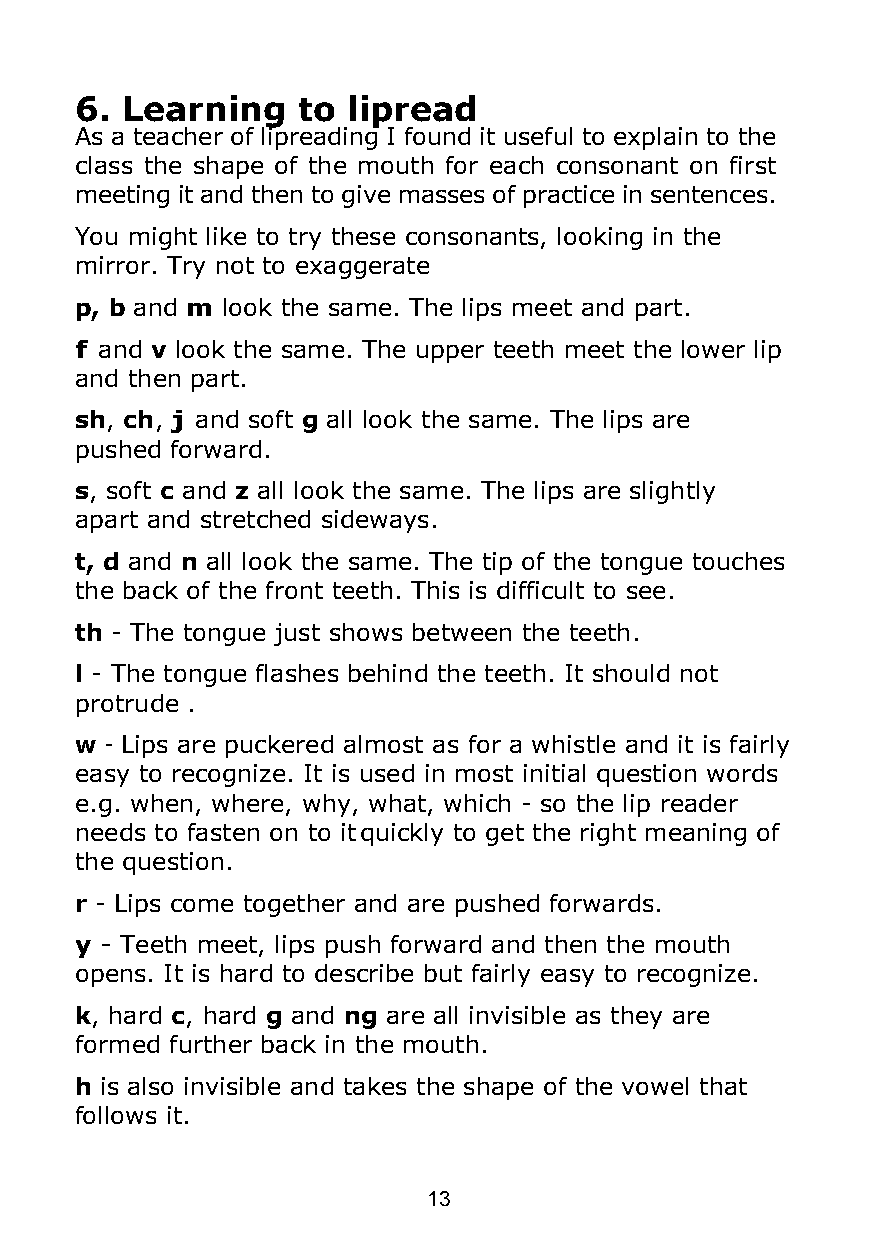
6. Learning    to lipread
 As a teacher of lipreading I found it useful to explain to the
 class the shape of the mouth for each consonant on first
 meeting it and then to give masses of practice in sentences.
 You might like to try these consonants, looking in the
 mirror. Try not to exaggerate
 p, b and m look the same. The lips meet and part.
 f and v look the same. The upper teeth meet the lower lip
 and then part.
 sh, ch, j and soft g all look the same. The lips are
 pushed forward.
 s, soft c and z all look the same. The lips are slightly
 apart and stretched sideways.
 t, d and n all look the same. The tip of the tongue touches
 the back of the front teeth. This is difficult to see.
 th - The tongue just shows between the teeth.
 l - The tongue flashes behind the teeth. It should not
 protrude .
 w - Lips are puckered almost as for a whistle and it is fairly
 easy to recognize. It is used in most initial question words
 e.g. when, where, why, what, which - so the lip reader
 needs to fasten on to itquickly to get the right meaning of
 the question.
 r - Lips come together and are pushed forwards.
 y - Teeth meet, lips push forward and then the mouth
 opens. It is hard to describe but fairly easy to recognize.
 k, hard c, hard g and ng are all invisible as they are
 formed further back in the mouth.
 h is also invisible and takes the shape of the vowel that
 follows it.
 13